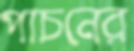
পাচনের